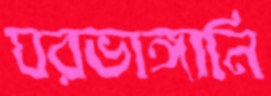
ঘরভাঙ্গানি